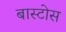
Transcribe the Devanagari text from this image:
बास्टोस